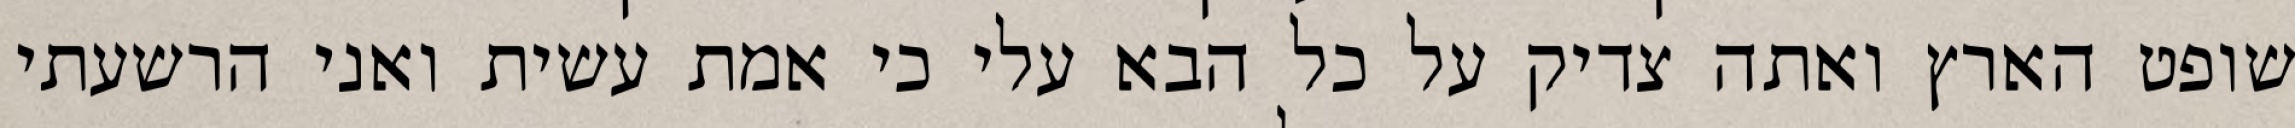
שופט הארץ ואתה צדיק על כל הבא עלי כי אמת עשית ואני הרשעתי